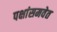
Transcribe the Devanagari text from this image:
पक्षांसमवेत